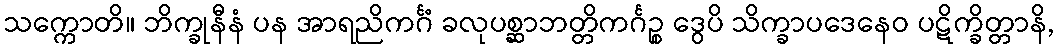
သက္ကောတိ။ ဘိက္ခုနီနံ ပန အာရညိကင်္ဂံ ခလုပစ္ဆာဘတ္တိကင်္ဂဉ္စ ဒွေပိ သိက္ခာပဒေနေဝ ပဋိက္ခိတ္တာနိ,